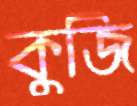
কুজি